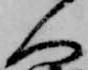
人